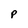
Character: p